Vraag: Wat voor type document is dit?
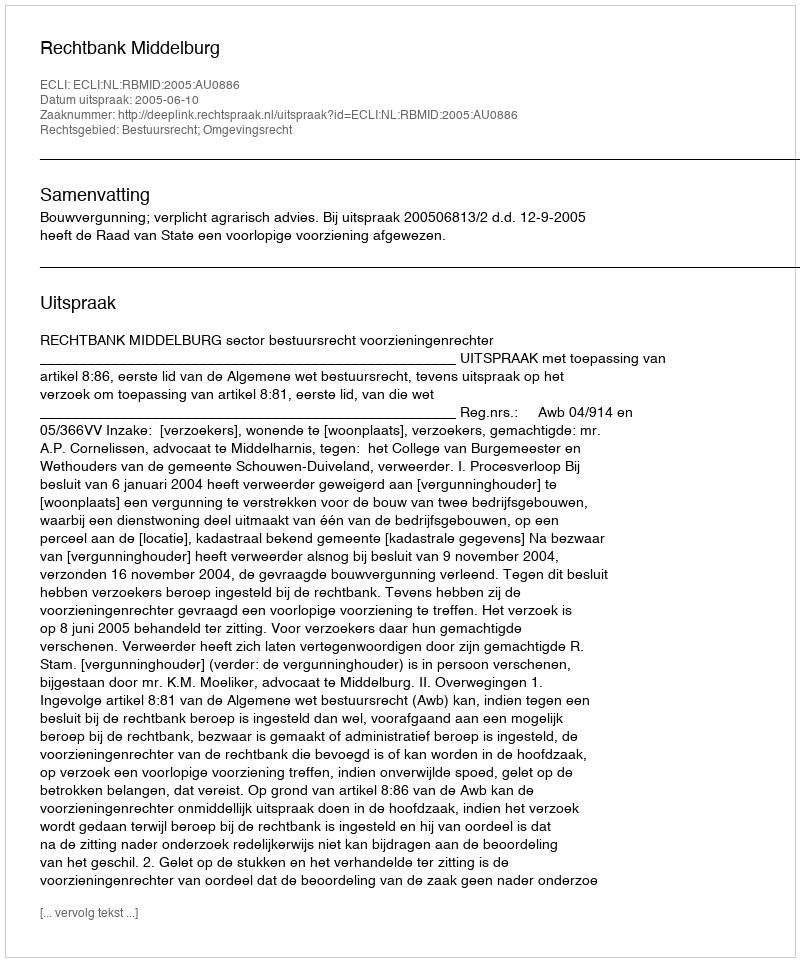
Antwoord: Uitspraak